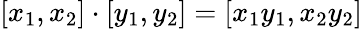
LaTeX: [x_{1},x_{2}]\cdot[y_{1},y_{2}]=[x_{1}y_{1},x_{2}y_{2}]